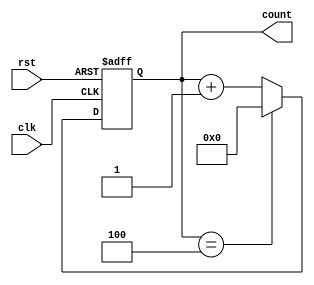
module Modulus_Counter (
    input wire clk,
    input wire rst,
    output reg [7:0] count
);

parameter MODULUS_VALUE = 5;

always @(posedge clk or posedge rst) begin
    if (rst) begin
        count <= 8'b0;
    end else begin
        if (count == MODULUS_VALUE - 1) begin
            count <= 8'b0;
        end else begin
            count <= count + 1;
        end
    end
end

endmodule